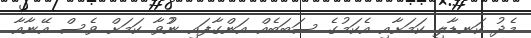
މެދު ކަނޑާލި ކަމަށާއި އެކަމުގެ ސަބަބެއް އަންގާފައި ނުުވާ ކަމަށް ވެސް އޭނާއާ